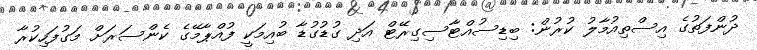
ދުންފަތުގެ އިސްތިއުމާލު ކުރުން: ބިޑިސުއްޓާސިގިރޭޓް އަދި ގުޑުގުޑާ ބުއިމަކީ ފުއްޕާމޭގެ ކެންސަރަށް މަގުފަހިކުރާ